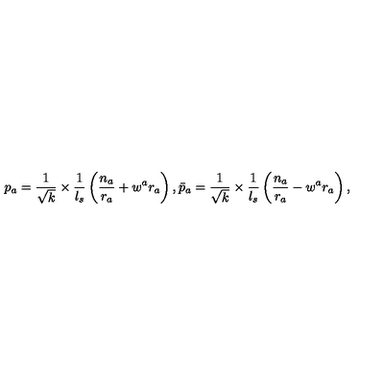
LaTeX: p _ { a } = \frac { 1 } { \sqrt { k } } \times \frac { 1 } { l _ { s } } \left( \frac { n _ { a } } { r _ { a } } + w ^ { a } r _ { a } \right) , \bar { p } _ { a } = \frac { 1 } { \sqrt { k } } \times \frac { 1 } { l _ { s } } \left( \frac { n _ { a } } { r _ { a } } - w ^ { a } r _ { a } \right) ,